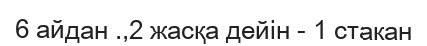
6 айдан .,2 жасқа дейін - 1 стакан